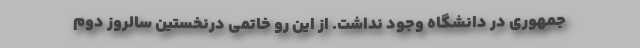
جمهوری در دانشگاه وجود نداشت. از این رو خاتمی درنخستین سالروز دوم